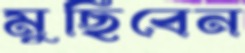
মুছিবেন